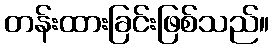
တန်းထားခြင်းဖြစ်သည်။